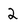
Character: 2